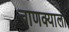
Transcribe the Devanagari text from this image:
चाणक्याला